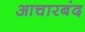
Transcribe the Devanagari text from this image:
आचारबंद